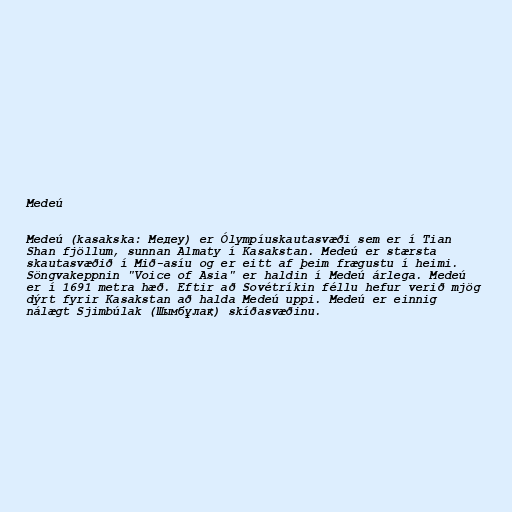
Medeú

Medeú (kasakska: Медеу) er Ólympíuskautasvæði sem er í Tian
Shan fjöllum, sunnan Almaty í Kasakstan. Medeú er stærsta
skautasvæðið í Mið-asíu og er eitt af þeim frægustu í heimi.
Söngvakeppnin "Voice of Asia" er haldin í Medeú árlega. Medeú
er í 1691 metra hæð. Eftir að Sovétríkin féllu hefur verið mjög
dýrt fyrir Kasakstan að halda Medeú uppi. Medeú er einnig
nálægt Sjimbúlak (Шымбұлақ) skíðasvæðinu.